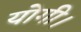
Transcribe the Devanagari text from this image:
योगी।